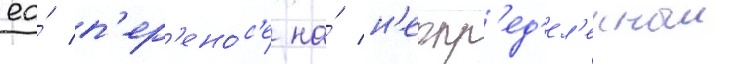
ео́ п'ер'ено́с'е на́ н'еопр'ед'ел'енныи